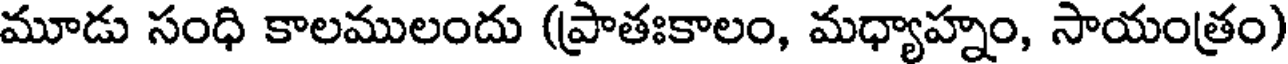
మూడు సంధి కాలములందు (ప్రాతఃకాలం, మధ్యాహ్నం, సాయంత్రం)